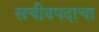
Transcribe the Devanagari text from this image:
सचीवपदाचा